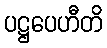
ပဋ္ဌပေဟီတိ